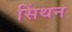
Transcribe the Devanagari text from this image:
सिंथन